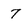
Character: 7